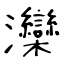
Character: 灤